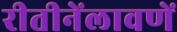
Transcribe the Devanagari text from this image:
रीतीनेंलावणें